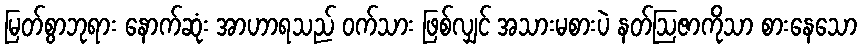
မြတ်စွာဘုရား နောက်ဆုံး အာဟာရသည် ဝက်သား ဖြစ်လျှင် အသားမစားပဲ နတ်ဩဇာကိုသာ စားနေသော